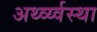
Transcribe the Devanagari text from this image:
अर्थ्व्य्वस्था